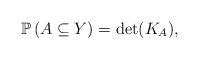
LaTeX: \begin{align*}\mathbb{P}\left( A \subseteq Y \right) = \det(K_A),\end{align*}